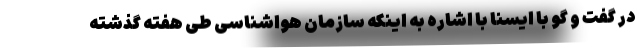
در گفت و گو با ایسنا با اشاره به اینکه سازمان هواشناسی طی هفته گذشته